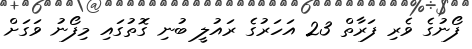
ފޯނުގެ ވެރި ފަރާތް 23 އަހަރުގެ ރައުލީ ބުނި ގޮތުގައި މިފޯނު ވަގަށް